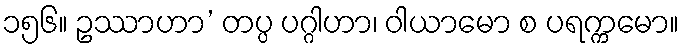
၁၅၆။ ဥဿာဟာ’ တပ္ပ ပဂ္ဂါဟာ၊ ဝါယာမော စ ပရက္ကမော။